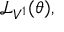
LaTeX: { \mathcal { L } } _ { V ^ { 1 } } ( \theta ) ,